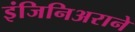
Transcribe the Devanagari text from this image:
इंजिनिअराने